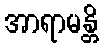
အာရာမန္တိ